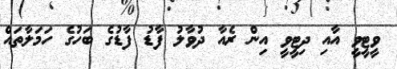
ވީޓީވީ އާއި ދިޓީވީ އިން ރެއާ ދުވާލު ފާޑު ފާޑުގެ ބަހުގެ ހަމަލާތައް